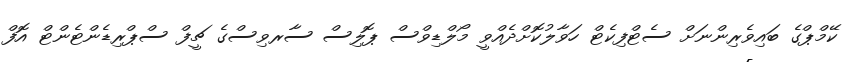
ކޭމްޕްގެ ބައިވެރިންނަށް ސެޓްފިކެޓް ހަވާލުކޮށްދެއްވީ މޯލްޑިވްސް ޕޮލިސް ސާރވިސްގެ ޗީފް ސްޕްރިޑެންޓެންޓް އޮފް